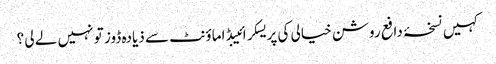
کہیں نسخۂ دافع روشن خیالی کی پریسکرائیبڈ اماؤنٹ سے ذیادہ ڈوز تو نہیں لے لی ؟